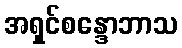
အရှင်စန္ဒောဘာသ